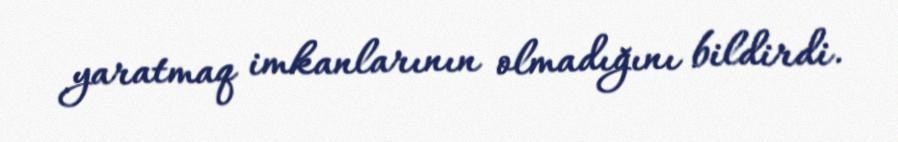
yaratmaq imkanlarının olmadığını bildirdi.